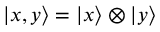
| x , y \rangle = | x \rangle \otimes | y \rangle